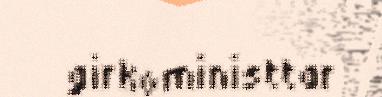
girkoministtar